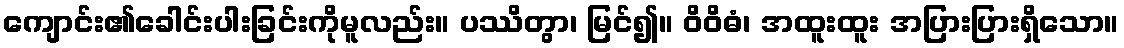
ကျောင်း၏ခေါင်းပါးခြင်းကိုမူလည်း။ ပဿိတွာ၊ မြင်၍။ ဝိဝိဓံ၊ အထူးထူး အပြားပြားရှိသော။